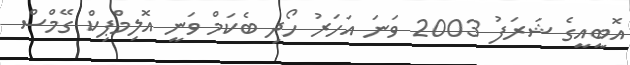
އޮބީއީގެ ޝަރަފު 2003 ވަނަ އަހަރު ހޯދި ބެކަމް ވަނީ އޮލިމްޕިކް ގޭމްސް